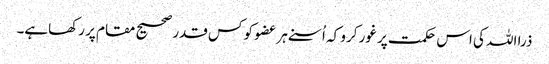
ذرا اللہ کی اس حکمت پر غور کرو کہ اُسنے ہر عضو کو کس قدر صحیح مقام پر رکھاہے۔